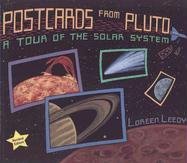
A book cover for Postcards from Pluto: A Tour of the Solar System; Loreen Leedy; Science & Math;